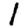
Digit: 1